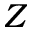
Z